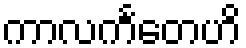
ကာလင်္ကတေဟိ